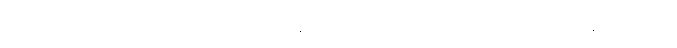
ဤသို့။ အဓိဋ္ဌာသိ၊ ဆောက်တည်၏။ တသ္မိံ ခဏေ၊ ထိုခဏ၌။ ကဏ္ဍံ၊ မြားသည်။ မုစ္စိ၊ လွတ်၏။